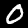
Digit: 0